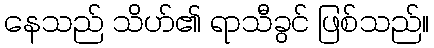
နေသည် သိဟ်၏ ရာသီခွင် ဖြစ်သည်။